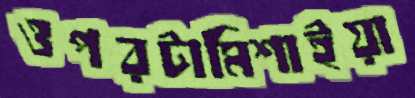
ওপরটামিশাইয়া